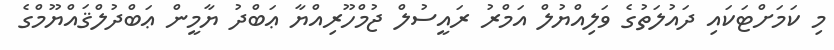
މި ކަމަށްޓަކައި ދައުލަތުގެ ވަލިއްޔުލް އަމްރު ރައީސުލް ޖުމްހޫރިއްޔާ ޢަބްދު ޔާމީން ޢަބްދުލްޤައްޔޫމްގެ